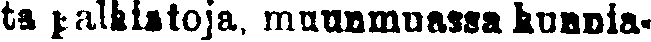
ta palkistoja, muunmuassa kunnia-